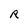
Character: R